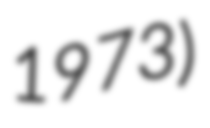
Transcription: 1973)